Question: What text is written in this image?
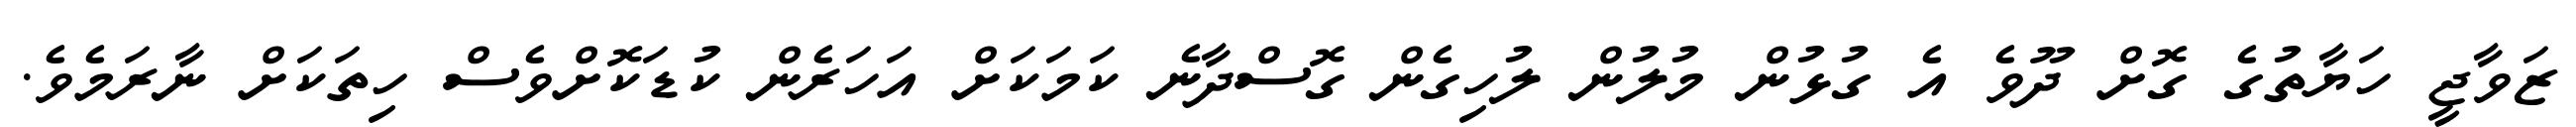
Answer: ޒަވާޖީ ހަޔާތުގެ ގޮށް ދޫވެ އެ ގުޅުން މުލުން ލުހިގެން ގޮސްދާނެ ކަމަކަށް އަހަރެން ކުޑަކޮށްވެސް ހިތަކަށް ނާރަމެވެ.